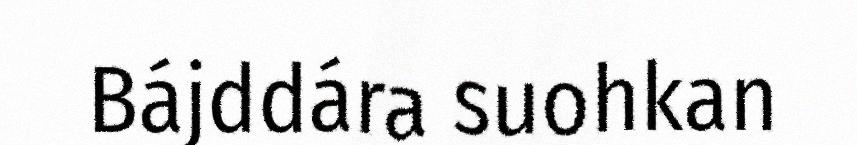
Bájddára suohkan